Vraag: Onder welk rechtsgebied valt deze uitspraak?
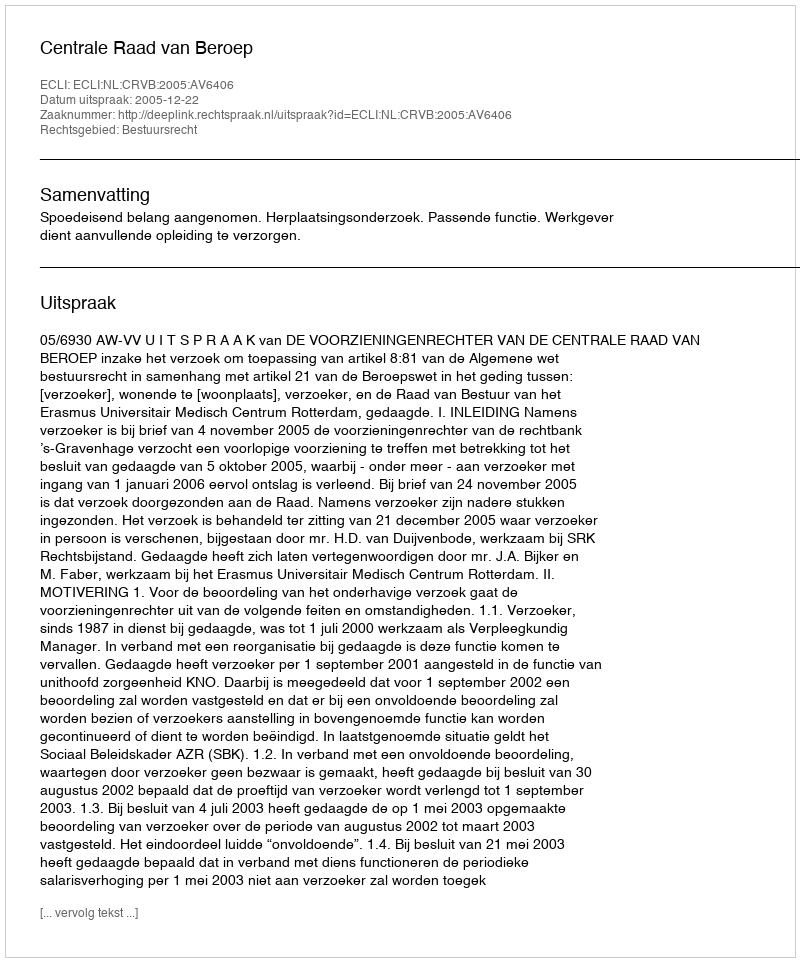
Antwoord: Bestuursrecht